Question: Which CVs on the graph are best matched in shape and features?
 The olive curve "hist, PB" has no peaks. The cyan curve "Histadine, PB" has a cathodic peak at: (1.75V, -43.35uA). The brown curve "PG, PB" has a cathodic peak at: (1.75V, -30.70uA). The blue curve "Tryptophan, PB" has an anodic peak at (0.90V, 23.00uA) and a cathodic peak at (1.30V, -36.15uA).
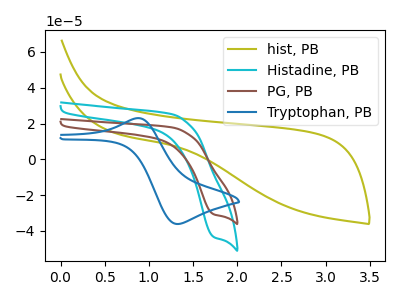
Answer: <think>"hist, PB" and "Histadine, PB" have a different number of peaks. "hist, PB" and "PG, PB" have a different number of peaks. "hist, PB" and "Tryptophan, PB" have a different number of peaks. All the peaks in "Histadine, PB" have a peak in "PG, PB" at the same potential. Every peak in "Histadine, PB" is higher than every peak in "PG, PB". "Histadine, PB" and "Tryptophan, PB" have a different number of peaks. "PG, PB" and "Tryptophan, PB" have a different number of peaks.
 </think>
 <answer>"PG, PB" and "Histadine, PB" have the same shape and are likely CV's of the same chemical.</answer>
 <eval>"PG, PB" "Histadine, PB"</eval>